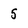
Character: 5